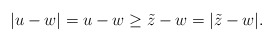
\begin{align*}|u-w| = u-w \geq \tilde{z} - w = |\tilde{z} - w|.\end{align*}